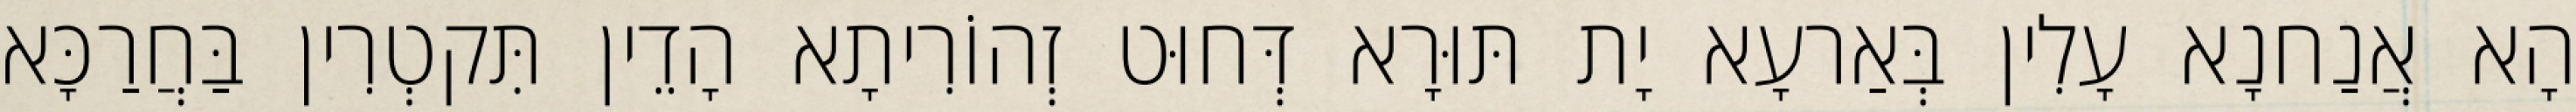
הָא אֲנַחנָא עָלִין בְּאַרעָא יָת תּוּרָא דְּחוּט זְהוֹרִיתָא הָדֵין תִּקטְרִין בַּחֲרַכָּא